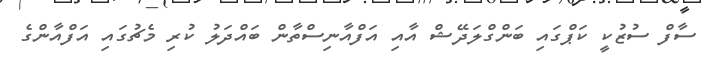
ސާފް ސުޒުކީ ކަޕްގައި ބަންގްލަދޭޝް އާއި އަފްއާނިސްތާން ބައްދަލު ކުރި މެޗުގައި އަފްއާންގެ